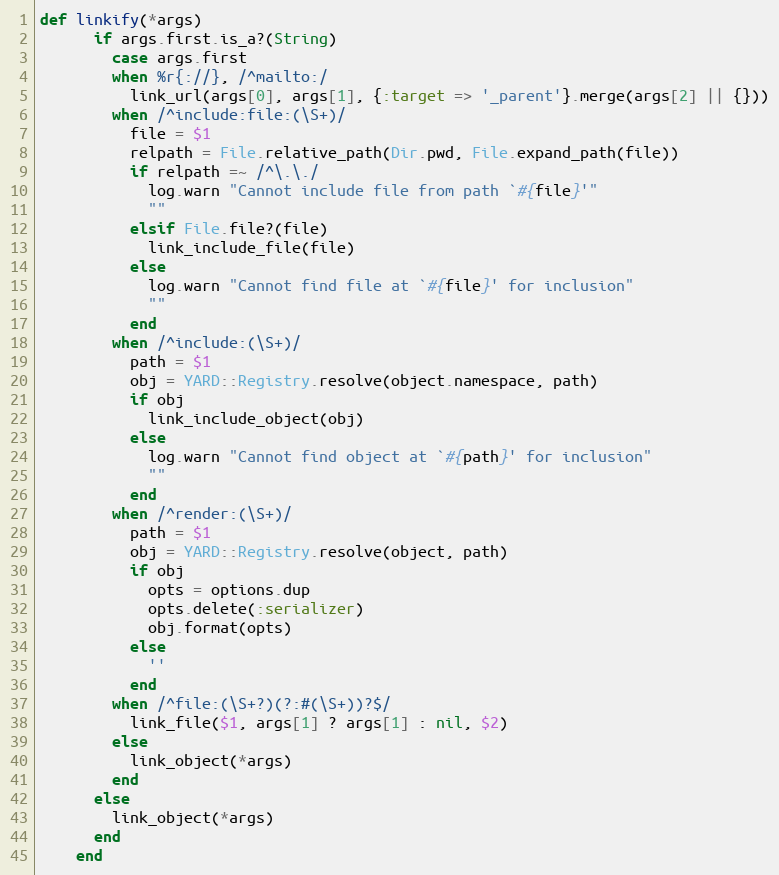
Language: Ruby
def linkify(*args)
      if args.first.is_a?(String)
        case args.first
        when %r{://}, /^mailto:/
          link_url(args[0], args[1], {:target => '_parent'}.merge(args[2] || {}))
        when /^include:file:(\S+)/
          file = $1
          relpath = File.relative_path(Dir.pwd, File.expand_path(file))
          if relpath =~ /^\.\./
            log.warn "Cannot include file from path `#{file}'"
            ""
          elsif File.file?(file)
            link_include_file(file)
          else
            log.warn "Cannot find file at `#{file}' for inclusion"
            ""
          end
        when /^include:(\S+)/
          path = $1
          obj = YARD::Registry.resolve(object.namespace, path)
          if obj
            link_include_object(obj)
          else
            log.warn "Cannot find object at `#{path}' for inclusion"
            ""
          end
        when /^render:(\S+)/
          path = $1
          obj = YARD::Registry.resolve(object, path)
          if obj
            opts = options.dup
            opts.delete(:serializer)
            obj.format(opts)
          else
            ''
          end
        when /^file:(\S+?)(?:#(\S+))?$/
          link_file($1, args[1] ? args[1] : nil, $2)
        else
          link_object(*args)
        end
      else
        link_object(*args)
      end
    end